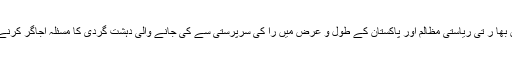
یہ ناقابل تردید حقیقت ہے کہ مقبوضہ کشمیر میں بھا ر تی ریاستی مظالم اور پاکستان کے طول و عرض میں را کی سرپرستی سے کی جانے والی دہشت گردی کا مسئلہ اجاگر کرنے میں دفتر خارجہ مجموعی طورپر ناکام رہا ہے۔